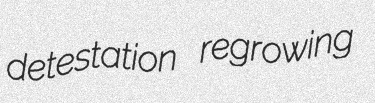
detestation regrowing